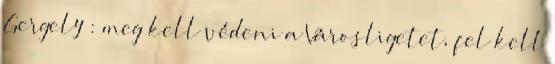
Gergely : meg kell védeni a Városligetet, fel kell